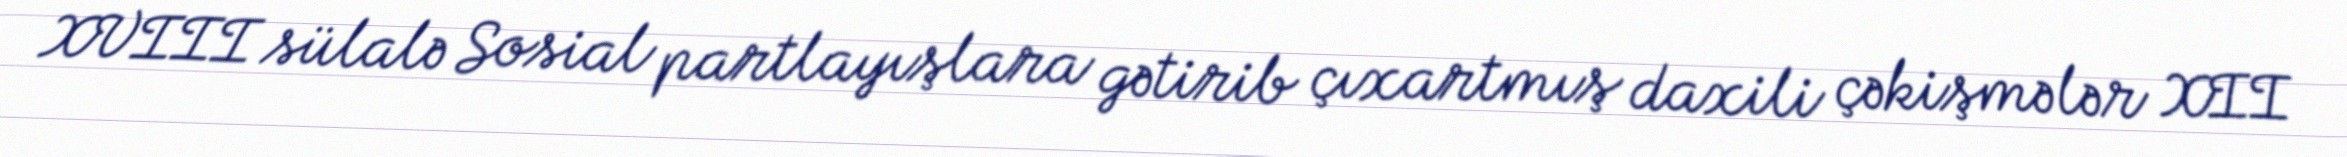
XVIII sülalə Sosial partlayışlara gətirib çıxartmış daxili çəkişmələr XII